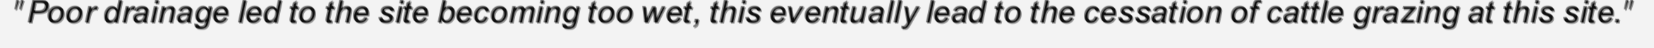
"Poor drainage led to the site becoming too wet, this eventually lead to the cessation of cattle grazing at this site."